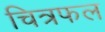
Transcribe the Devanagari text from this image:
चित्रफल